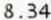
8.34